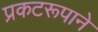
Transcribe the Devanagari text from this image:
प्रकटरूपाने